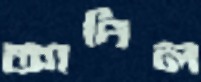
আদিল